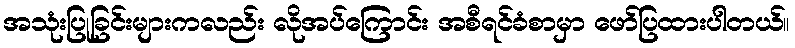
အသုံးပြုခြင်းများကလည်း လိုအပ်ကြောင်း အစီရင်ခံစာမှာ ဖော်ပြထားပါတယ်။